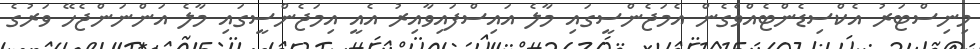
މިނިސްޓަރު އެކްސިޑެންޓެއްވެގެން އެމަޖެންސީގައި މާލެ އައިސްފައިވާއިރު އެއީ އިމަޖެންސީގައި މާލެ އަންނަންޖެހޭ ވަރުގެ